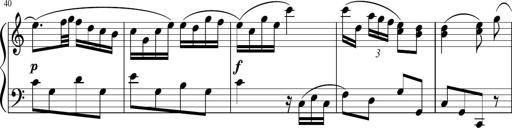
Title: 12 Keyboard Sonatinas
Composer: James Hook